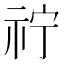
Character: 𮁫